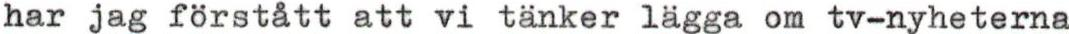
har jag förstått att vi tänker lägga om tv-nyheterna